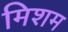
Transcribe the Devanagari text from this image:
मिशम